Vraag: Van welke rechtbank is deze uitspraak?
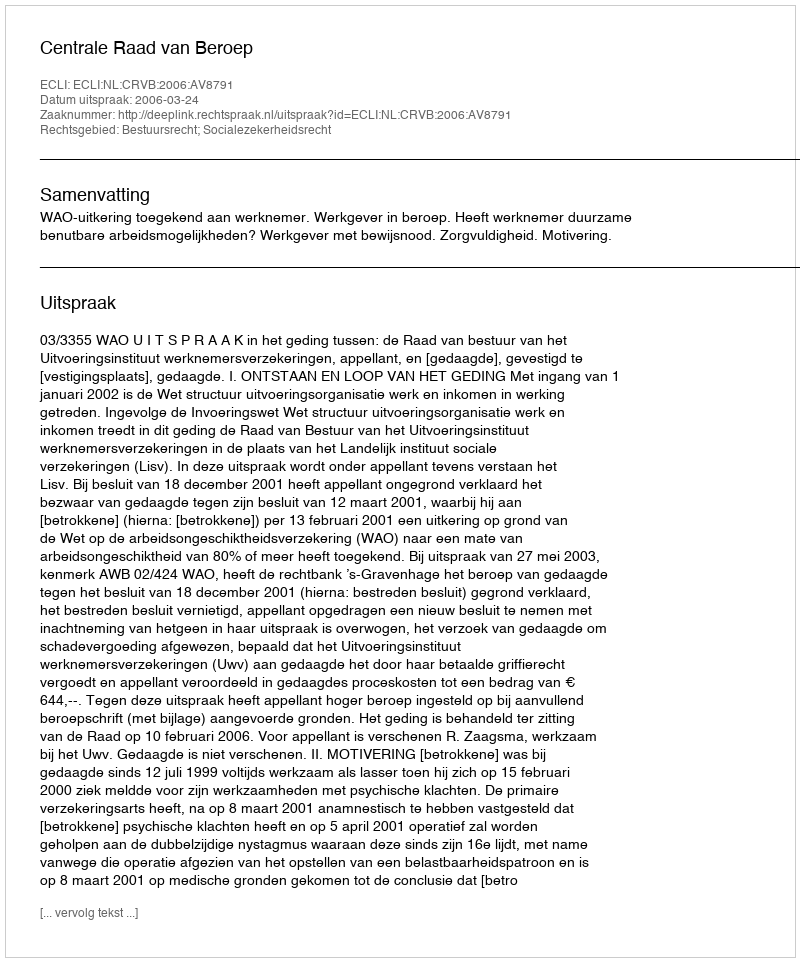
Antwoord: Centrale Raad van Beroep